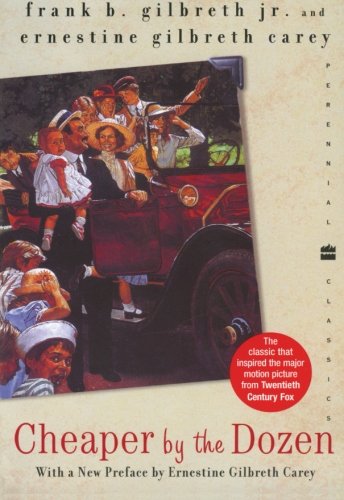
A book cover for Cheaper by the Dozen (Perennial Classics); Frank B. Gilbreth; Humor & Entertainment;